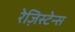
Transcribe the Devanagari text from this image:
रेज़िस्टेन्स